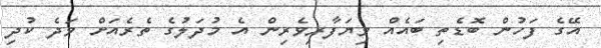
އޭގެ ފަހުން ބޮޑެތި ބައެއް ވިޔަފާރިވެރިން އެ މުދަލުގެ ތެރެއަށް ވަދެ ކުދި